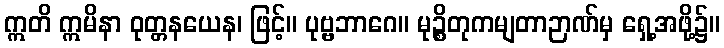
ဣတိ ဣမိနာ ဝုတ္တနယေန၊ ဖြင့်။ ပုဗ္ဗဘာဂေ။ မုဉ္စိတုကမျတာဉာဏ်မှ ရှေ့အဖို့၌။